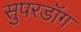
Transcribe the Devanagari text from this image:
सुपरडॉग